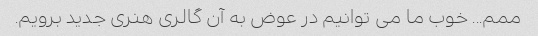
ممم... خوب ما می توانیم در عوض به آن گالری هنری جدید برویم.